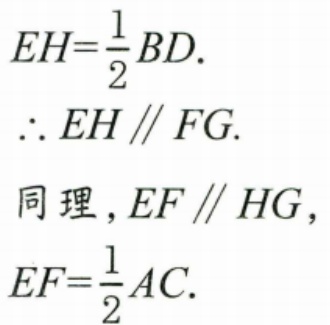
\(EH=\frac{1}{2}BD.\)
\(\therefore EH\parallel FG.\)
同理，\(EF\parallel HG\)，
\(EF = \frac{1}{2}AC.\)